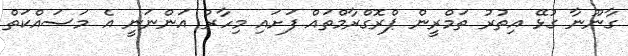
ގާނޫނާ ގުޅޭ އިތުރު ތަމްރީން ޕްރޮގްރާމްތައް ފަށައި މިހާރު އަންނަނީ އެ މަސައްކަތް